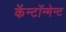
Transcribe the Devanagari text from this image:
कॅन्टॉन्मेन्ट